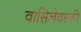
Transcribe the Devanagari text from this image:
वासिलेवस्की